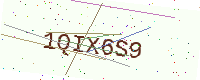
Text: 1QIX6S9